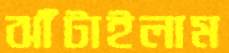
ঝাঁটাইলাম